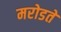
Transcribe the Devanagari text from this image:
मरोडते